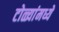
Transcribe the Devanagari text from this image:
टोळ्यांमध्ये